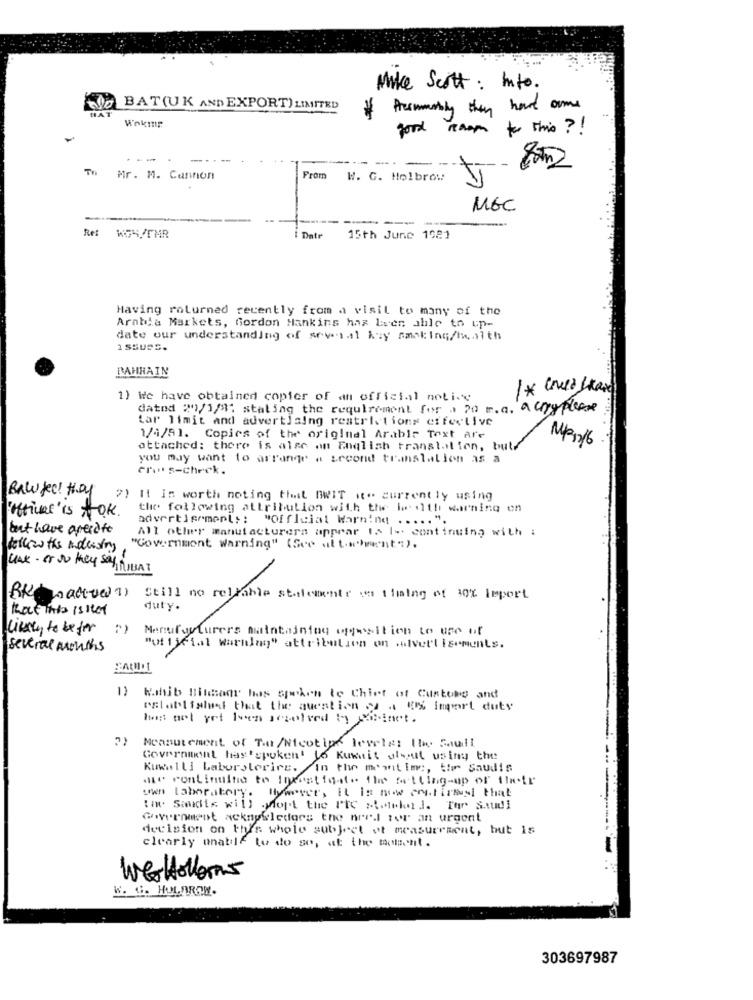
Mike Scott: info.
BAT(UK AND EXPORT) LIMITED
* Presumently they have come
Wokmr
good raam for this ? !
To Mr. M. Cannon
From
W. G. Holbrow
MGC
-
Ret WGS/FMR
Date
15th June 1921
Having rolurned recently from a visit to many of the
Arabia Markets, Gordon Hankins has been able to up-
date our understanding of several key sasking/laith
1 SSUSS.
BAHRAIN
1) We have obtained copier of an official notice
dated 209/1/31 stating the requirement for a 20 n.a. a cryplease
Lar limit and advertising restrictions effective
1/4/A1. Copies of the original Arable Text are
Mp216
attached: there is alse an English translation, but
you may want to arrange a second translation as a
crois-check.
Bawfeel they %) It is worth noting that BWIT t- currently using
the following attribution with the la ilth warning ch
'officel' is OK .
advertisements: "Official Warnind ..... ".
but have aperito
All other manufacturers appear 12 1- continuing with :
Allows the iduising,
"Cowornmont Warning" (See ul t.whent").
CAK - or so they say HIBAT
Still no reliable stalemente en timing of 30% Import
Kalt into is Het
duty.
likely to be for
Manufacturers maintaining uggestion to use of
several months
"ut fjFiat Warning" attribution on wolverlisements.
Khib Bilanr has spoken te Chief of Customs and
ralablfalei that the question od . fr% import duty
hast ael yet Iven scsolved by Xilinet .
Measurement of The /Nicotipo leveles the Soul
Government has spoken! Io Kuwait shout using the
Kuwalli Laborsterirs. in the mantim :, the Saudis
me continuthe to Investigate Ile Stling-up of their
own laboratory. However, it is now confirms that
ti Saudis will .Mopt the PIC wwwkn J. Tar Saudi
Government acknowledors the arel tor an urgent
decision on this whole subject of measurement, but is
clearly unable to do so, at the moment.
WerHollens
W. C. HULARON.
303697987